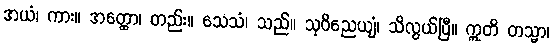
အယံ၊ ကား။ အတ္ထော၊ တည်း။ သေသံ၊ သည်။ သုဝိညေယျံ၊ သိလွယ်ပြီ။ ဣတိ တသ္မာ၊